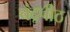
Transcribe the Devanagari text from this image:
चंद्रपीठ